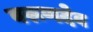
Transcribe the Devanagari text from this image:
वरूणदेव